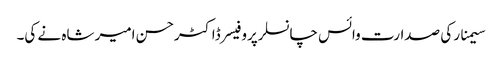
سیمنار کی صدارت وائس چانسلرپروفیسرڈاکٹرحسن امیر شاہ نے کی۔